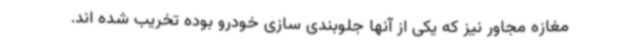
مغازه مجاور نیز که یکی از آنها جلوبندی سازی خودرو بوده تخریب شده اند.